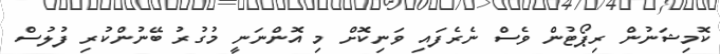
ކޮމިޝަނުން ރިޕޯޓުން ވެސް ނެރެފައި ވަނިކޮށް މި އޮންނަނީ މުގުރު ބޭނުންކުރި ފުލުސް